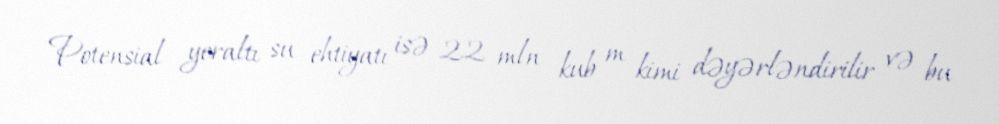
Potensial yeraltı su ehtiyatı isə 22 mln kub m kimi dəyərləndirilir və bu